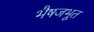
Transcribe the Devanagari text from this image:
भैषजभूत